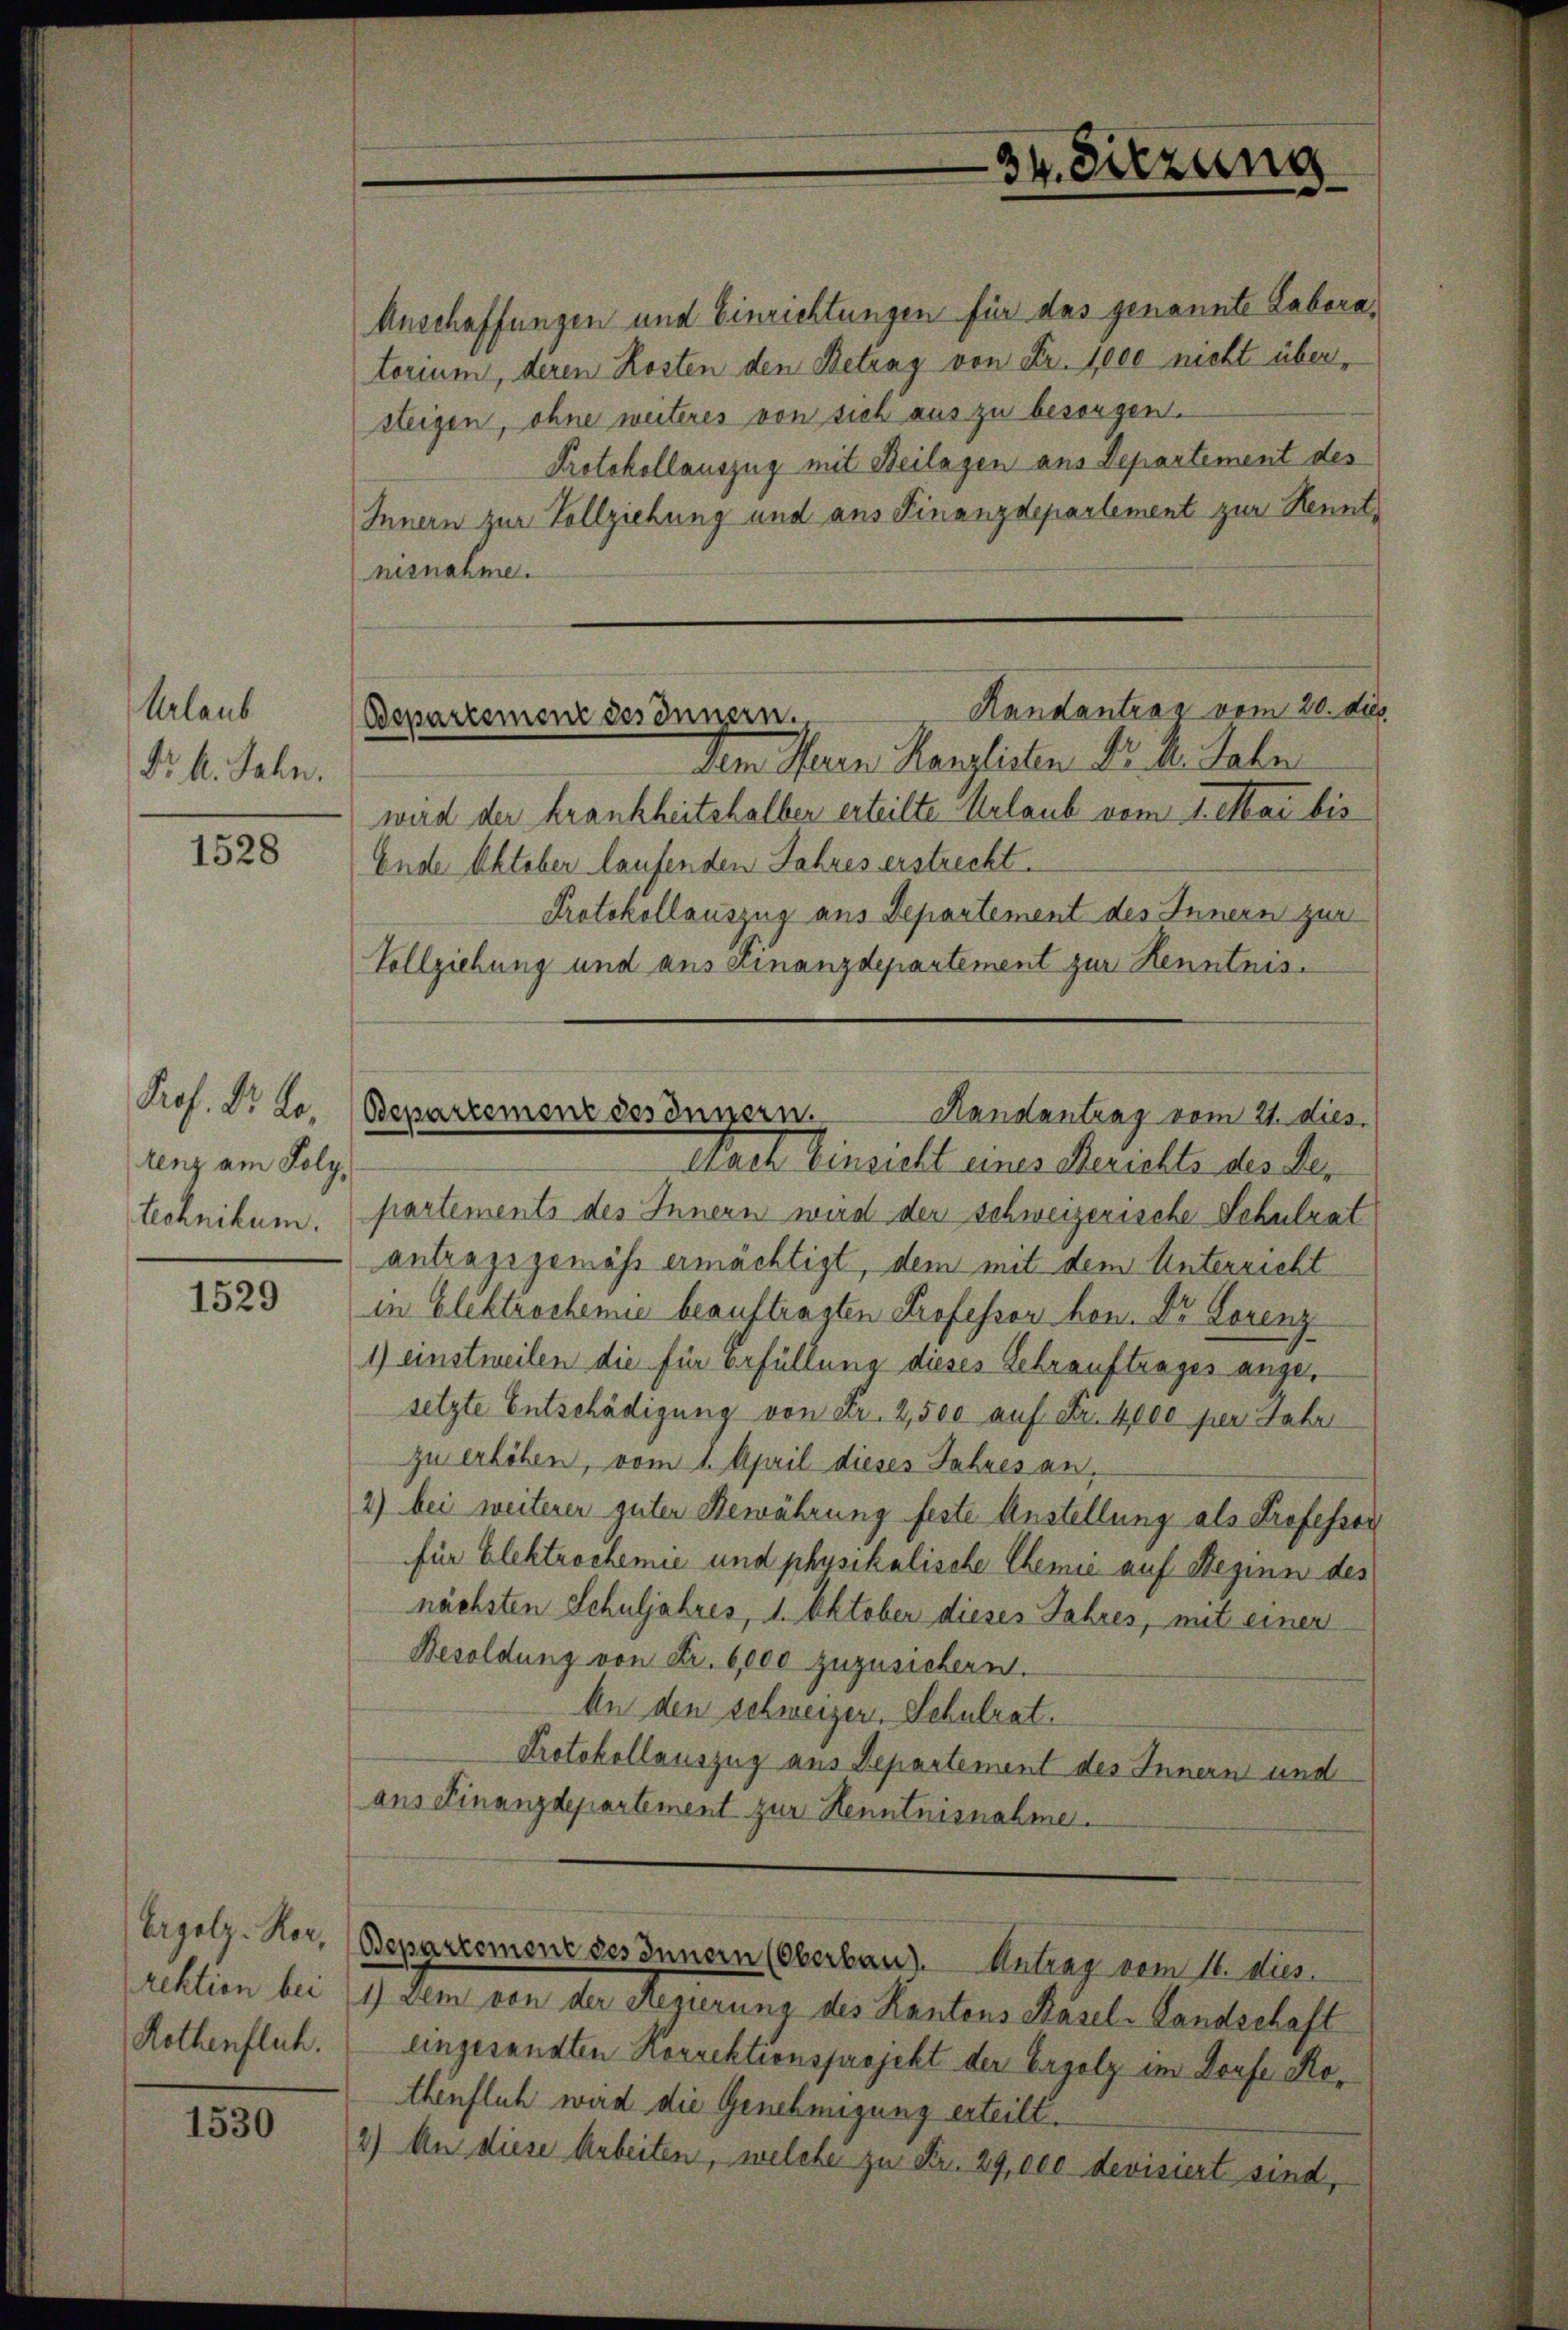
Urlaub
Nr. 4. Jahn,

1528

1529

Rothenflich.

1530

Prof. Dr. Ro.
tenz am Polytechnikum.

34. Sitzung

Randantrag vom 20. des
Departement des Innern,

Anschaffungen und Einrichtungen für das genannte Laboratorium, deren Kosten den Betrag von Fr. 1000 nicht übersteigen, ohne weiteres von sich aus zu besorgen.
Protokollauszug mit Beilagen aus Departement des
Innern zur Vollziehung und aus Finanzdepartement zur Kenntnisnahme.
dem Herrn Kanzlisten Dr. M. Jahn
wird der krankheitshalber erteilte Urlaub vom 1. Mai bis
Ende Oktober laufenden Jahres erstreckt.
Protokollauszug aus Departement des Innern zur
Vollziehung und aus einanzdepartement zur Kenntnis¬
Bepartemenz desinnern. Kanalentrag vom 21. dies
Nach Einsicht eines Berichte des Se-
partements des Innern wird der schweizerische Schulrat
antragsgemäß ermächtigt, dem mit dem Unterricht
in Elektrochemie beauftragten Professor hon. Dr Lorenz-
1) einstweilen die für Erfüllung dieses Schrauftrages angesetzte Entschädigung von Fr. 2,500 auf Fr. 4000 per Jahr
zu erhöhen, vom 1. April dieses Jahres an,
2) bei weiterer guten Bewährung feste Anstellung als Professor
für Elektrochemie und physikalische Chemie auf Beginn des
nächsten Schuljahres, 1. Oktober dieses Jahres, mit einer
Besoldung von Fr. 6,000 zuzusichern.
An den Schweizer, Schulrat.
Protokollauszug aus Departement des Innern und
aus Finanzdepartement zur Henntnisnahme.

Ergolz. Hor. (Bepartement des Innern (Oberbau. Antrag vom 11. dies.

rektion bei 1) dem von der Regierung des Kantons Käsel-Landschaft
eingesandten Korrektionsprojekt der Ergolz im Dorfe Kothenflich wird die Genehmigung erteilt.
2) An diese Arbeiten, welche zu Fr. 29,000 devisiert sind,